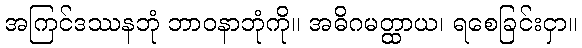
အကြင်ဒဿနဘုံ ဘာဝနာဘုံကို။ အဓိဂမတ္ထာယ၊ ရစေခြင်းငှာ။